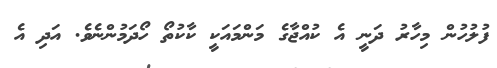
ފުލުހުން މިހާރު ދަނީ އެ ކުއްޖާގެ މަންމައަކީ ކާކުތޯ ހޯދަމުންނެވެ. އަދި އެ